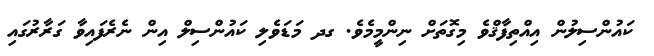
ކައުންސިލުން އިއްތިފާޤްވެ މިގޮތަށް ނިންމީމެވެ. ގދ މަޑަވެލި ކައުންސިލް އިން ނެރެފައިވާ ގަރާރުގައި